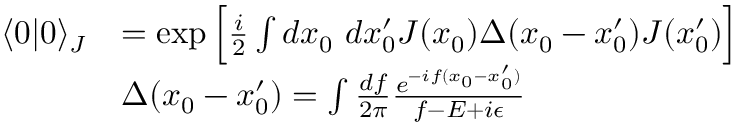
{ \begin{array} { r l } { \langle 0 | 0 \rangle _ { J } } & { = \exp { { \Big [ } { \frac { i } { 2 } } \int d x _ { 0 } ~ d x _ { 0 } ^ { \prime } J ( x _ { 0 } ) \Delta ( x _ { 0 } - x _ { 0 } ^ { \prime } ) J ( x _ { 0 } ^ { \prime } ) { \Big ] } } } \\ & { \Delta ( x _ { 0 } - x _ { 0 } ^ { \prime } ) = \int { \frac { d f } { 2 \pi } } { \frac { e ^ { - i f ( x _ { 0 } - x _ { 0 } ^ { \prime } ) } } { f - E + i \epsilon } } } \end{array} }